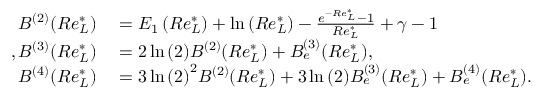
\begin{array} { r l } { B ^ { ( 2 ) } ( R e _ { L } ^ { * } ) } & { { } = E _ { 1 } \left( R e _ { L } ^ { * } \right) + \ln { \left( R e _ { L } ^ { * } \right) } - \frac { e ^ { - R e _ { L } ^ { * } } - 1 } { R e _ { L } ^ { * } } + \gamma - 1 } \\ { , B ^ { ( 3 ) } ( R e _ { L } ^ { * } ) } & { { } = 2 \ln { ( 2 ) } B ^ { ( 2 ) } ( R e _ { L } ^ { * } ) + B _ { e } ^ { ( 3 ) } ( R e _ { L } ^ { * } ) , } \\ { B ^ { ( 4 ) } ( R e _ { L } ^ { * } ) } & { { } = 3 \ln { ( 2 ) } ^ { 2 } B ^ { ( 2 ) } ( R e _ { L } ^ { * } ) + 3 \ln { ( 2 ) } B _ { e } ^ { ( 3 ) } ( R e _ { L } ^ { * } ) + B _ { e } ^ { ( 4 ) } ( R e _ { L } ^ { * } ) . } \end{array}